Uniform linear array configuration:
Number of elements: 48
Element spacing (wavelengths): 0.25
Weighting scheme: cosine
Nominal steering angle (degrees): -45
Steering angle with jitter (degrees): -43.16
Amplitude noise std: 0.05
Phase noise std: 0.05

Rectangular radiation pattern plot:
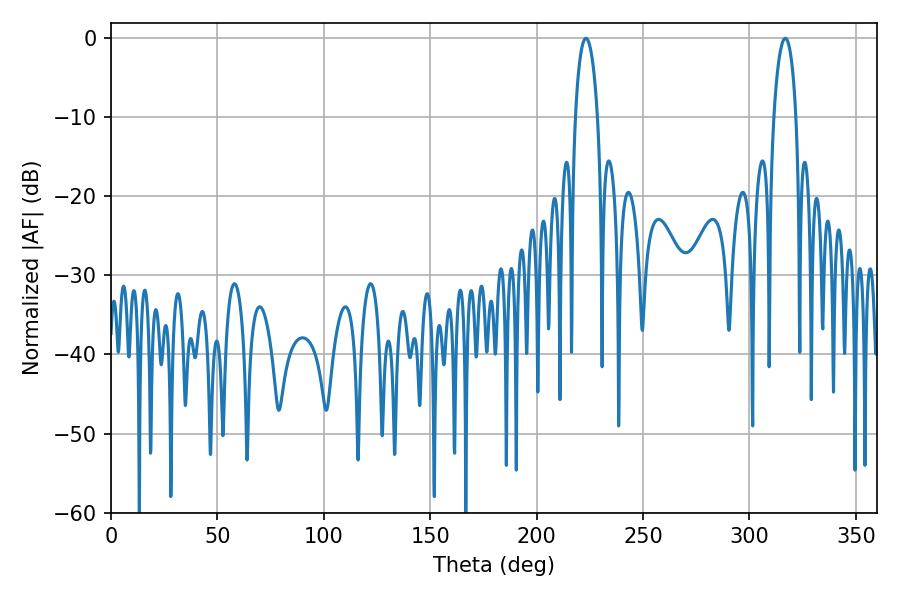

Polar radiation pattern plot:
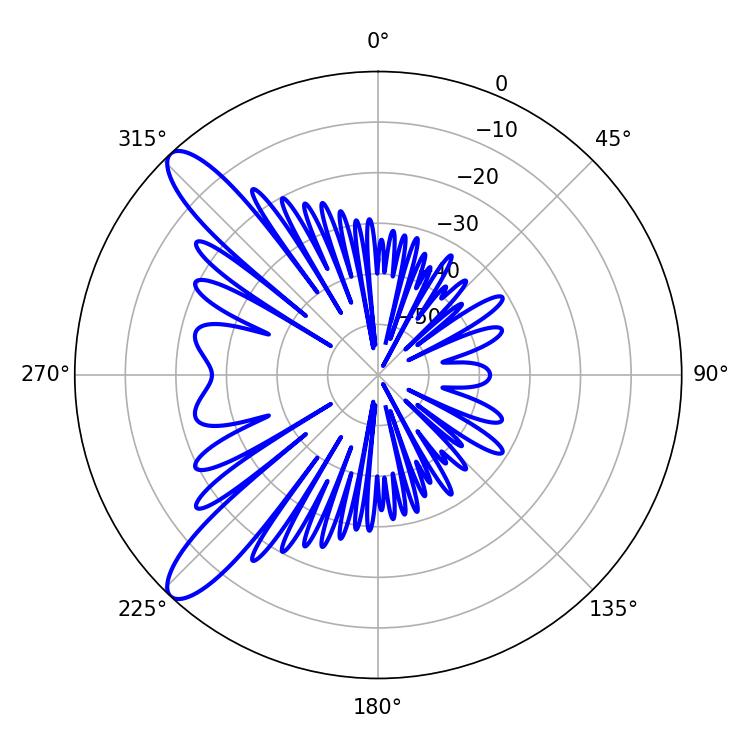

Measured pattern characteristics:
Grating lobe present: FALSE
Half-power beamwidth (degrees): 5.94
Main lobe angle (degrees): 316.8